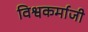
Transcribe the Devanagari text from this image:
विश्वकर्माजी